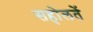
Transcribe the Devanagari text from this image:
सहोलतें